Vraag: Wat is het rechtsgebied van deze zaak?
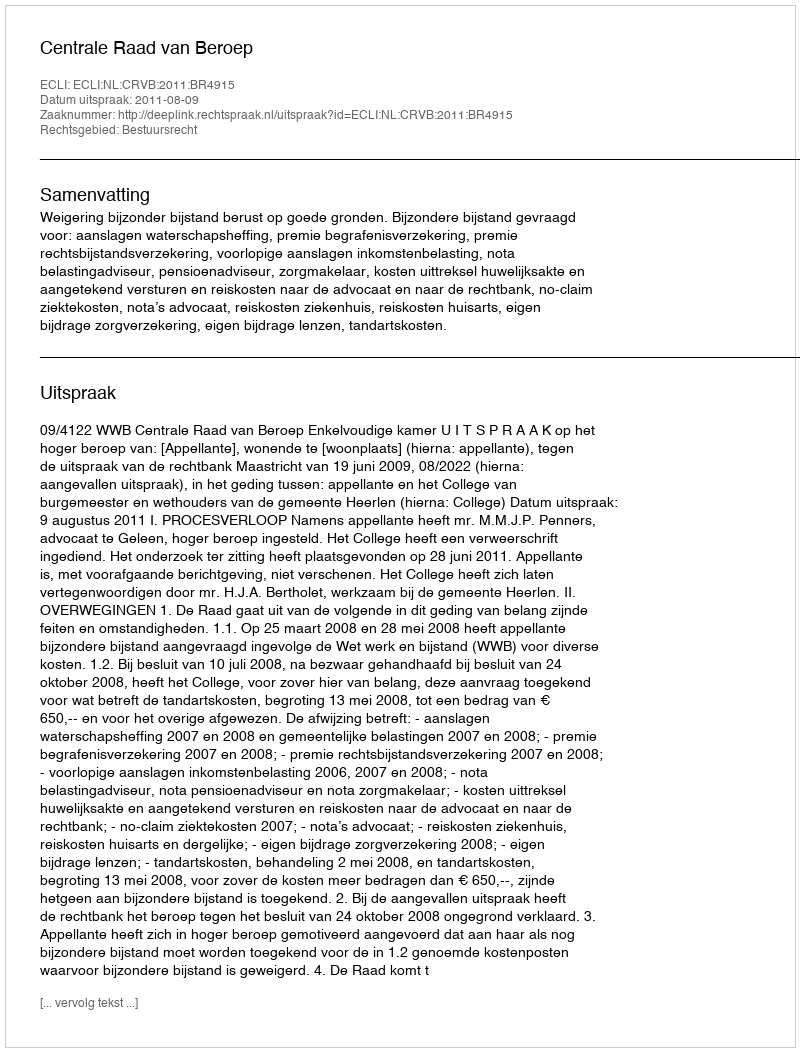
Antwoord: Bestuursrecht